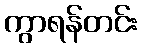
ကွာရန်တင်း